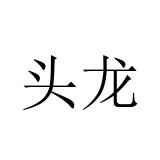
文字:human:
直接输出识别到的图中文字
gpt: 头龙